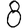
Digit: 8